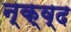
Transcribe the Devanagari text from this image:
न्क्व्द